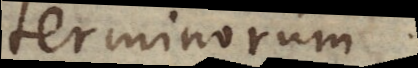
terminorum.